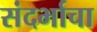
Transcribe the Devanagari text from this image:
संदर्भाचा